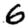
Digit: 6